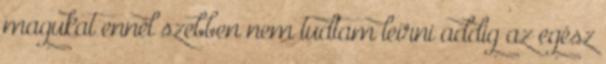
magukat ennél szebben nem tudtam leírni addig az egész